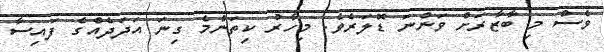
ވެސް މި ބާޒާރަށް ވަންނަ ޑޮލަރެވެ. މިހާރު ކިތަންމެ ގިނަ އަދަދެއްގެ ފައިސާ